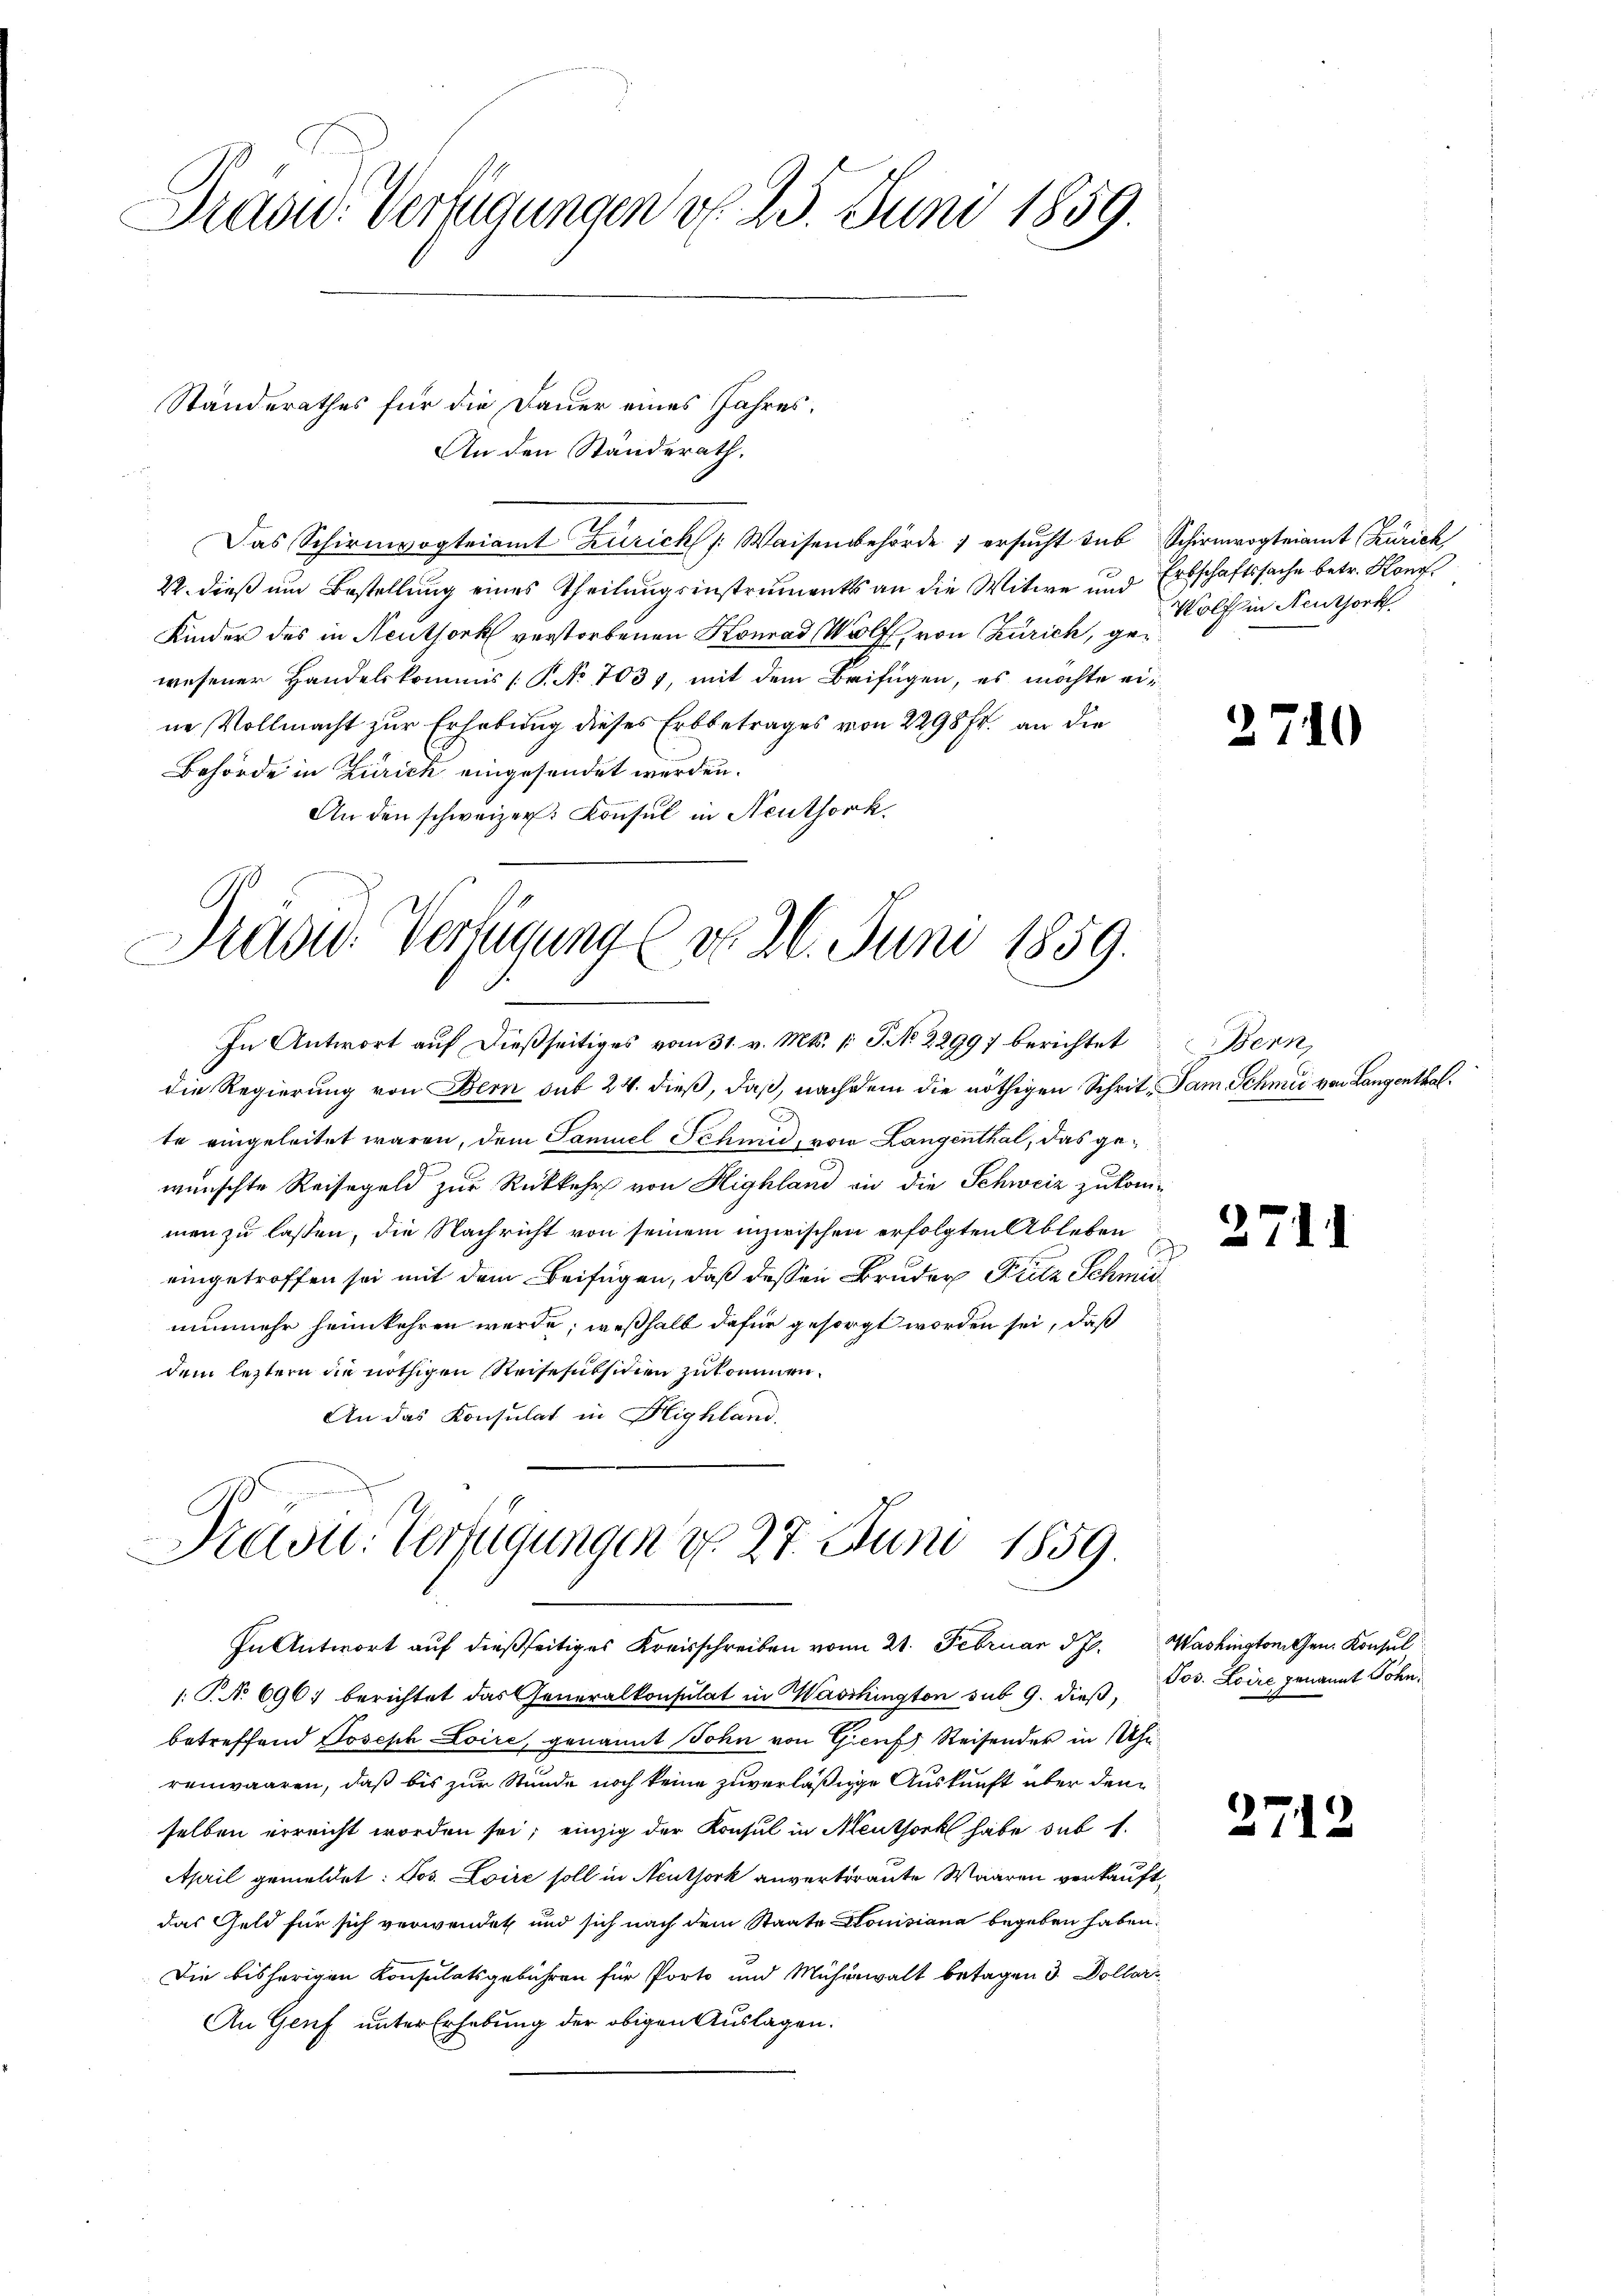
Präsid. Verfügungen d. 25. Juni 1859.

An den Standerath.
Das Schirmvogteiamt Zürich /: Waisenbehörde ; ersucht sub
22. dieß um Bestellung eines Theilungsinstruments an die Witwe und
Kinder des in Neuthork verstorbenen Konrad Wolf, von Zürich, gewesener Handelskommis (T. No 1031, mit dem Beifügen, es möchte eine Vollmacht zur Erhebung dieses Erbbetrages von 2298 fr. an die
Behörde in Zürich eingesendet werden.
An den schweizer. Konsul in Neuthork
Präsid. Verfügung (do. 26. Juni 1859.
In Antwort auf dießseitiges vom 31. v. Mts. v. J. No 22997 berichtet
die Regierung von Bern sub 24. dieß, daß, nachdem die nöthigen Schrit, Sam Schmid von Langenthalte eingeleitet waren, dem Samuel Schmid, von Langenthal, das gewünschte Reisegeld zur Rückkehr von Highland an die Schweiz zukommen zu lassen, die Nachricht von seinem inzwischen erfolgten Ableben
eingetroffen sei mit dem Beifügen, daß dessen Bruder Fritz Schmid
nunmehr heimkehren werde; weßhalb dafür gesorgt worden sei, daß
dem letztern die nöthigen Reise subsidien zukommen.
An das Konsulat in Highland.

Standerathes für die Dauer eines Jahres.

Präsid.. Verfügungen d. 27. Juni 1859.
In Antwort auf dießseitiges Kreisschreiben vom 21. Februar d. J. Washington Gen. Konsul

P.. 696. berichtet das Generalkonsulat in Maschington sub 9. dieß,
betreffend Joseph Loire, genannt Sohn von Gicuf Reisender in hi
renwaaren, daß bis zur Stunde noch keine zuverläßige Auskunft über den
selben erreicht worden sei; einzig der Konsul in Meuthork habe sub 1.
April gemeldet: Jos. Loire soll in Neuthork anvertraute Waaren verkauft,
das Geld für sich verwendet und sich nach dem Staate Honisiana begeben haben.
Die bisherigen Konsulatsgebühren für Porto und Mühewalt betagen 3. Dollarz
An Genf unter Erhebung der obigen Auslagen:

Schirmvogteiamt Zürich
Erbschaftssache betr. Konf
Wolf in Neuthor

Benne,

2710

2711

Jos. Loire genannt Sohn,

2712